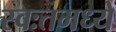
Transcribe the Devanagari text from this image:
स्वःतमध्ये